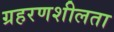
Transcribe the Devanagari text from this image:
ग्रहरणशीलता